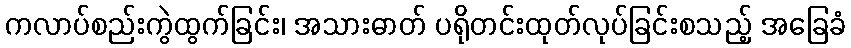
ကလာပ်စည်းကွဲထွက်ခြင်း၊ အသားဓာတ် ပရိုတင်းထုတ်လုပ်ခြင်းစသည့် အခြေခံ